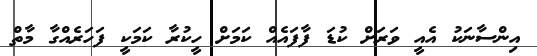
އިންސާނަކު އެއީ ވަރަށް ކުޑަ ފާފައެއް ކަމަށް ހީކުރާ ކަމަކީ ފަހަރެއްގާ މާތް